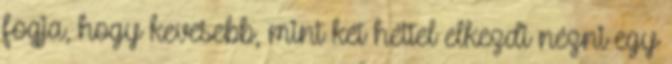
fogja, hogy kevesebb, mint két héttel elkezdi nézni egy